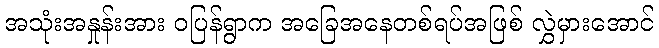
အသုံးအနှုန်းအား ဝပြန်ရွာက အခြေအနေတစ်ရပ်အဖြစ် လွှဲမှားအောင်